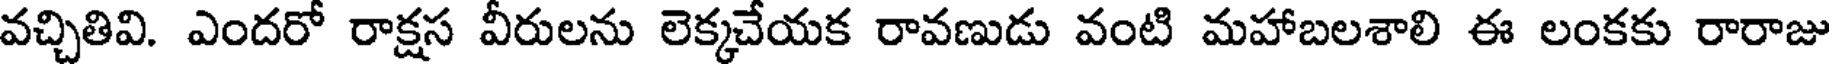
వచ్చితివి. ఎందరో రాక్షస వీరులను లెక్కచేయక రావణుడు వంటి మహాబలశాలి ఈ లంకకు రారాజు